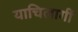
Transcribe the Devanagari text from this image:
याचिलागीं